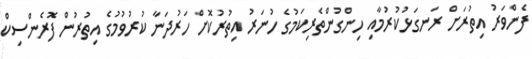
ފެންވަރު އިތުރަށް ރަނގަޅުކުރުމާއި ހިންގުންތެރިކަމުގެ ހުނަރު އިތުރުކޮށް ހަރުދަނާ ކުރުވުމުގެ އިތުރުން ފޮރެންސިކް